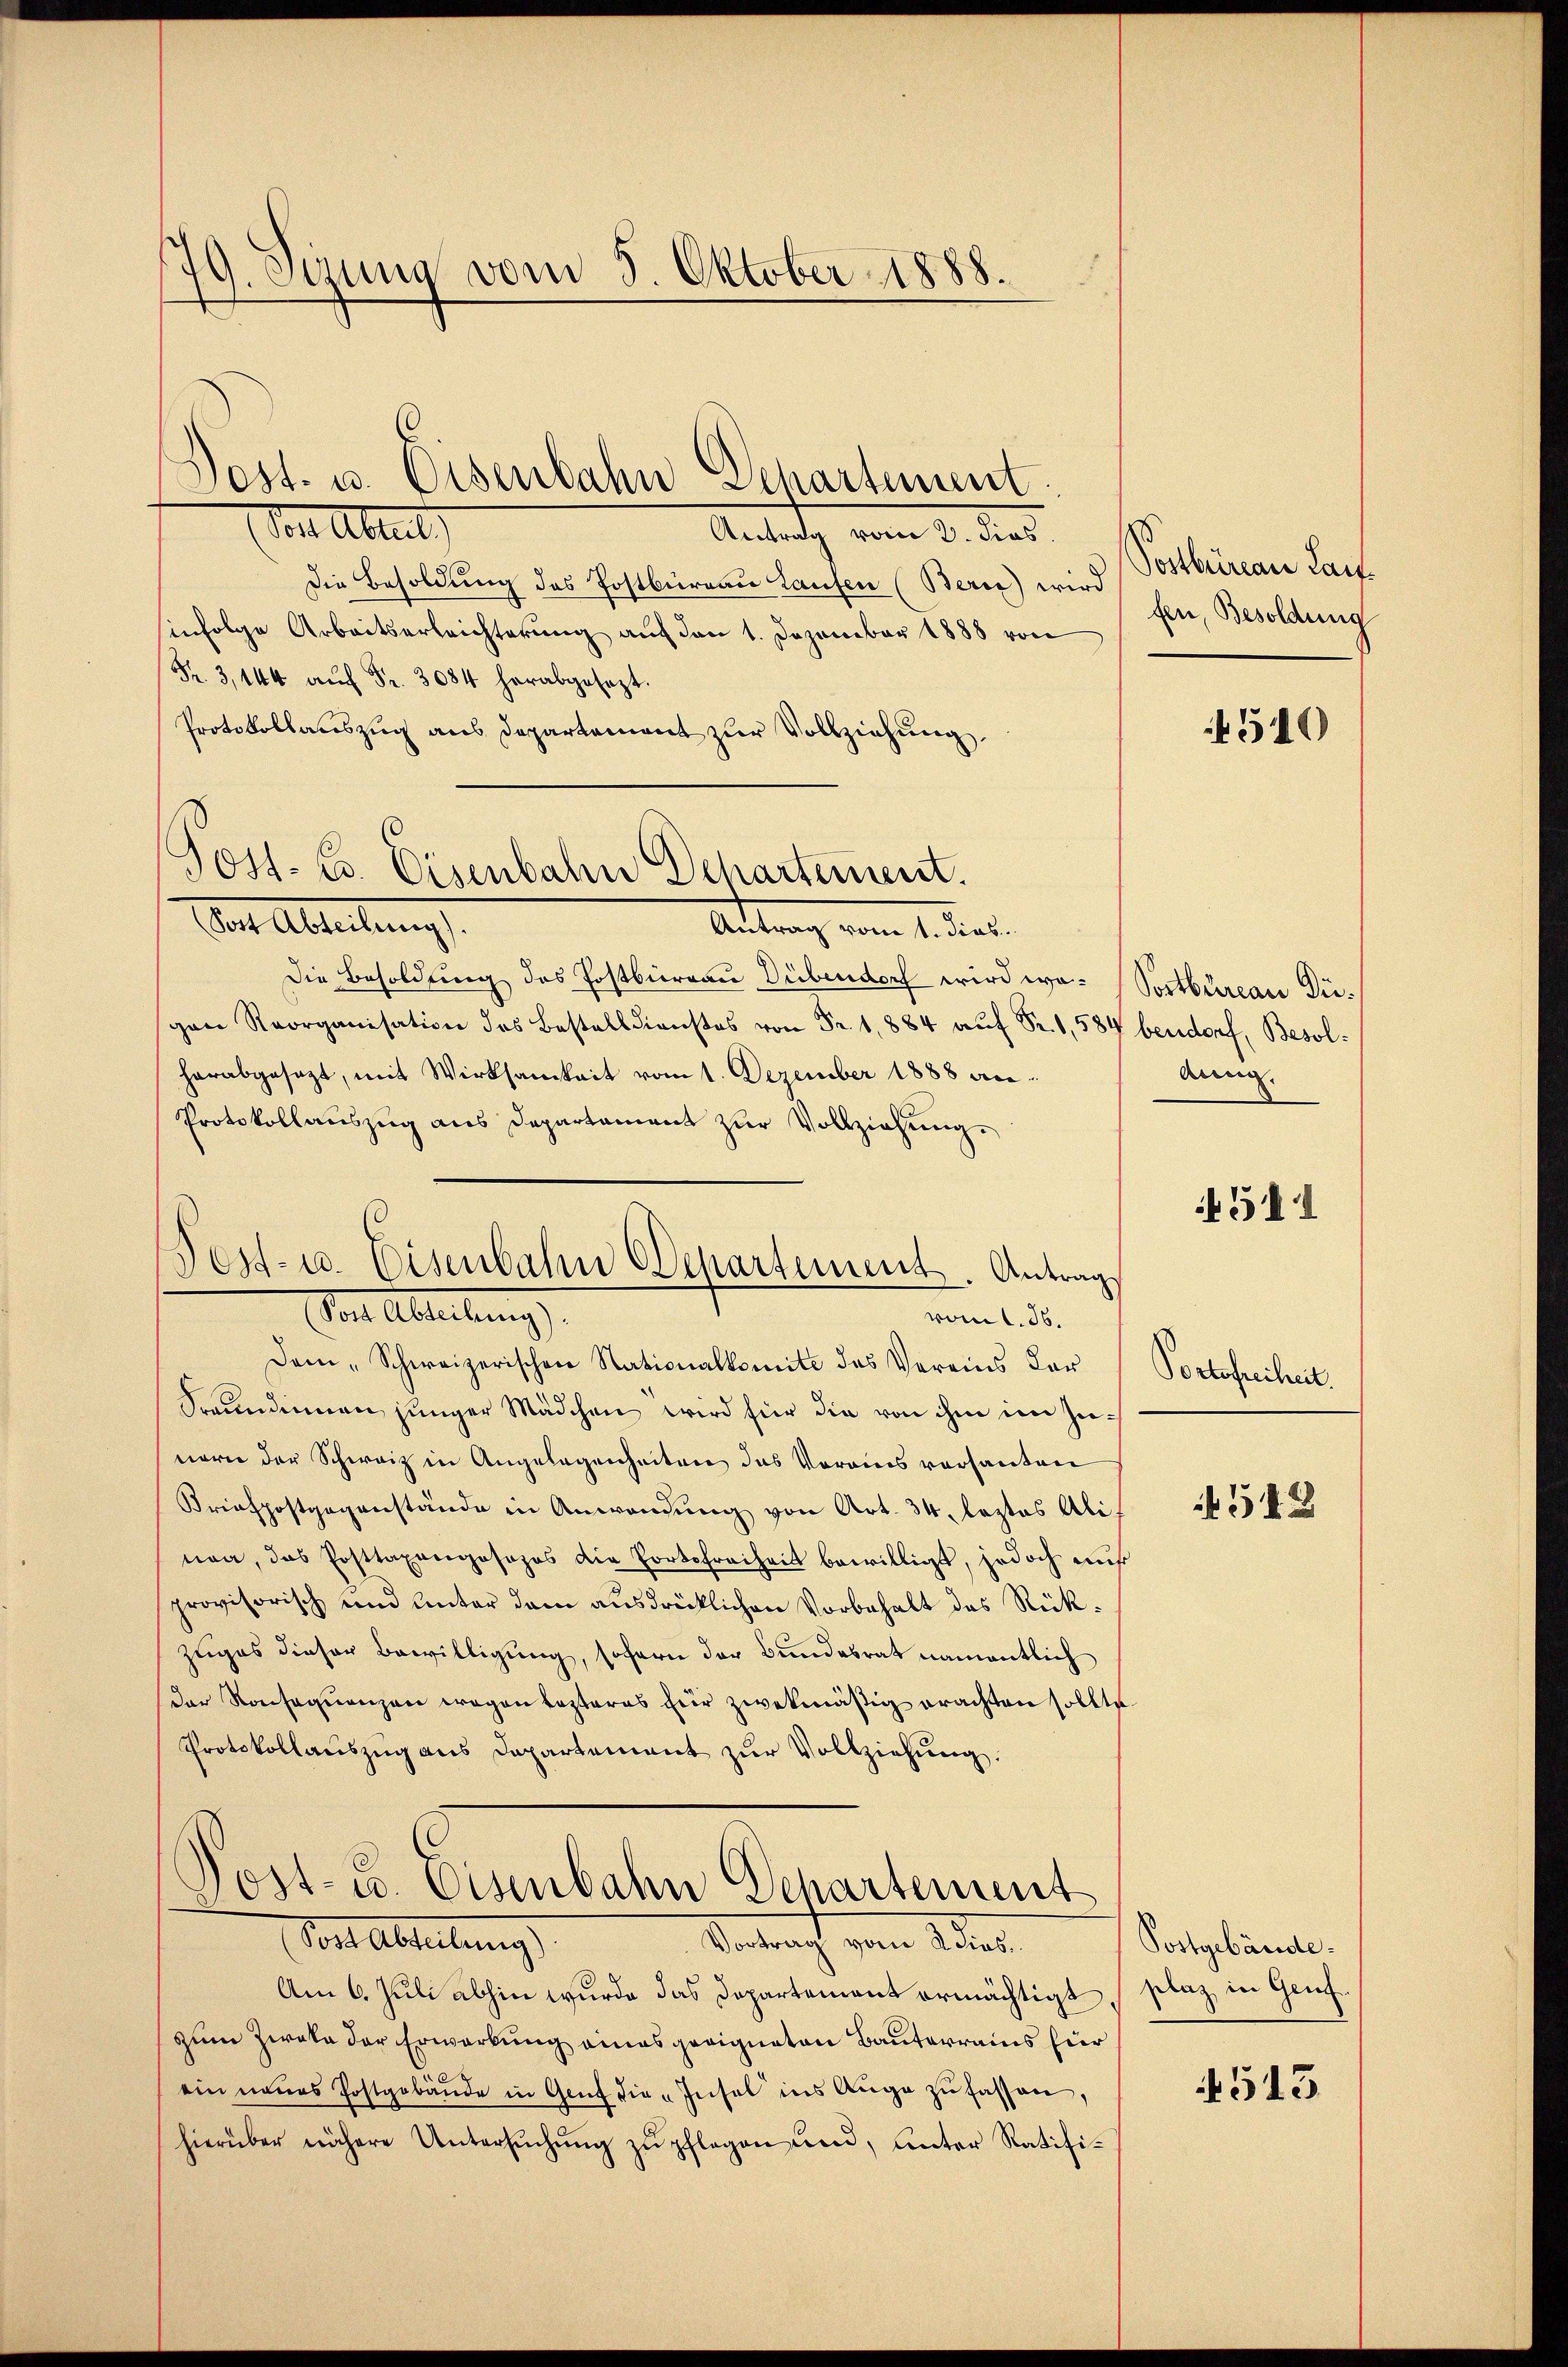
79. Sizung vom 5. Oktober 1888.

Vor Abreit
Antrag vom 2. dies
Die Besoldung des Postbüreau Laufen (Berie) wird
sinfolge Arbeitserleichterung auf den 1. Dezember 1888 von
Fr. 3, 144 aŭf Fr. 3084 herabgesezt.
Protokollauszug aus Departement zur Vollziehung

Dost. u. Eisenbahn Departement.

Jost. C. Eisenbahn Dchartement.
Das Abteilungs
Altung vom 1. dies.

Post- u. Eisenbahn Departement. Antrag
Von Abteilungs
vont. 56.

Post- u. Eisenbahn Departement
Vor Abteilung
Verbracht von Ster

Die Besoldung des Postbüreau Dübendorf wird wo- Soctbureau Dügen Rosa das Bestellens von Fr. 1884 auf Fr. 1, 584 bendorf, Besolherabgesezt, mit Wirksamkeit vom 1. Dezember 1888 an
Protokollauszug aus Departament zur Vollziehung.
Dam "Schweizerischen Nationalkomité des Vereins Vor¬
Sreundinnen junger Mädchen wird für die von ihm im Zunern der Schweiz in Angelegenheiten das Vorains versanten
Briefpostgegenstände in Anwendung von Art. 34. leztes Alinon, das Posttaxangosapos die Portofreiheit bewilligt, jedoch auf
provisorisch und Unter dem ausdrücklichen Vorbehalt des Rückzuges dieser Bewilligung, sofern der Bundesrat namentlich
der Konsequenzen wegen lezteres für zwekmäßig erachten sollte
Protokollaŭszŭg ans Departement zŭr Vollziehung.

Postbeinau Lauf.
fen, Besoldung

Am 6. Juli abhin wurde das Departement ermächtigt, plaz, in Genf
zum Zweka der Erwerkung eines geeigneten Bauterrains für
ein neues Postgebäŭde in Genf die Insel ins Auge zŭ fassen,
hierüber nähere Untersŭchŭng zŭ pflegen und, unter Ratifi-

4540

den.

511

Portofreiheit.

548

Postgebäude.

4515